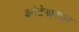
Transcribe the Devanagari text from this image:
कोटेश्वरवर